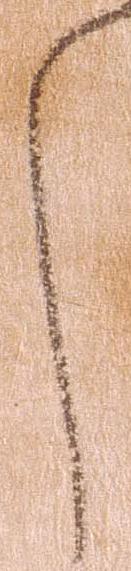
し